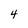
Character: 4